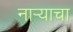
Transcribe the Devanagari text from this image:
नाऱ्याचा